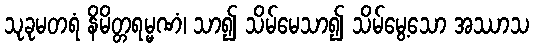
သုခုမတရံ နိမိတ္တရမ္မဏံ၊ သာ၍ သိမ်မေသာ၍ သိမ်မွေ့သော အဿာသ